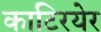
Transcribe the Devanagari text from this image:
काटिरयेर